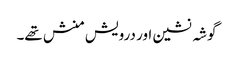
گوشہ نشین اور درویش منش تھے۔